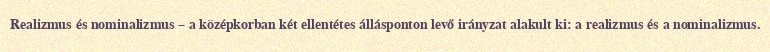
Realizmus és nominalizmus – a középkorban két ellentétes állásponton levő irányzat alakult ki: a realizmus és a nominalizmus.